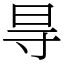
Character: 㝵